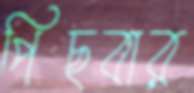
পিছবার